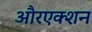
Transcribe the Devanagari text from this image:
औरएक्शन